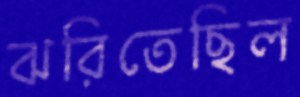
ঝরিতেছিল